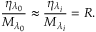
\frac { { { \eta } _ { { { \lambda } _ { 0 } } } } } { { { M } _ { { { \lambda } _ { 0 } } } } } \approx \frac { { { \eta } _ { { { \lambda } _ { i } } } } } { { { M } _ { { { \lambda } _ { i } } } } } = R .